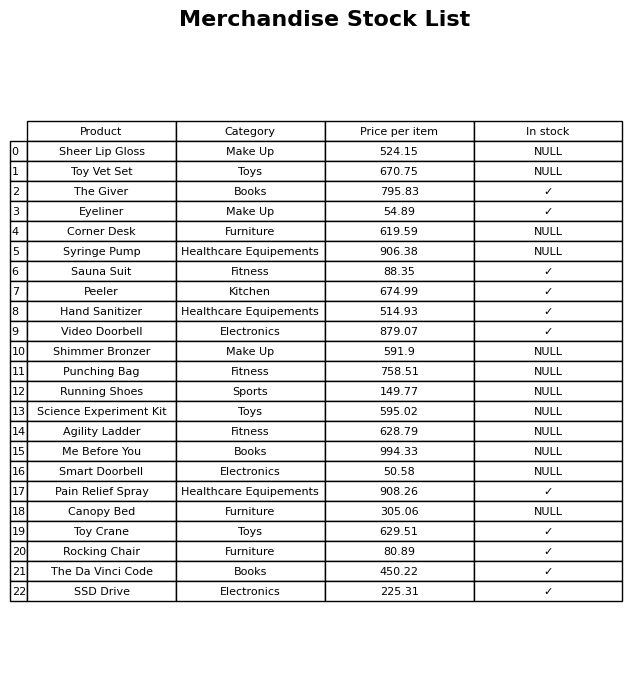
question: What is the price for Toy Vet Set?
answer: The price of Toy Vet Set is 670.75.